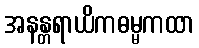
အနန္တရာယိကဓမ္မကထာ